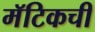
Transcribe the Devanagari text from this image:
मॅटिकची